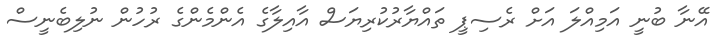
އޭނާ ބުނީ އަމިއްލަ އަށް ރެސިޕީ ތައްޔާރުކުރިޔަސް އާއިލާގެ އެންމެންގެ ރުހުން ނުލިބެނީސް